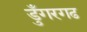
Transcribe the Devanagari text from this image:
डुँगरगढ